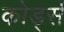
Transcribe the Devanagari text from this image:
कोर्ड्स